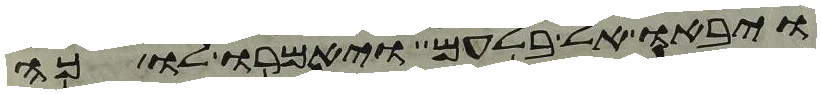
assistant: ויבאו אל בלעם ויאמרו לו כה